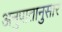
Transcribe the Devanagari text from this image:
अनुपातानुसार